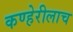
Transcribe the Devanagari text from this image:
कण्हेरीलाच